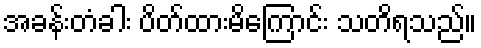
အခန်းတံခါး ပိတ်ထားမိကြောင်း သတိရသည်။